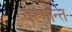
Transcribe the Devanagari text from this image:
चरणान्त